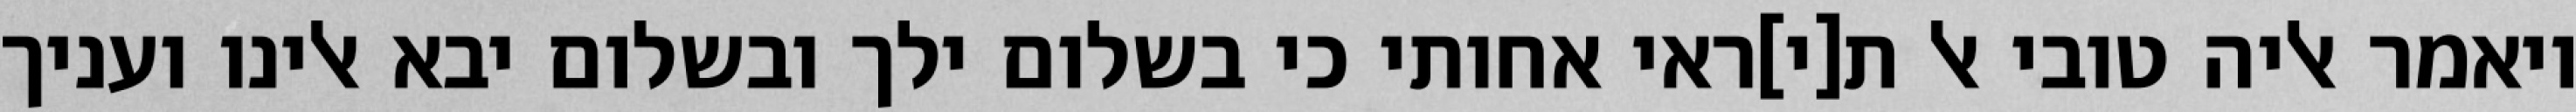
ויאמר אליה טובי אל ת[י]ראי אחותי כי בשלום ילך ובשלום יבא אלינו ועניך